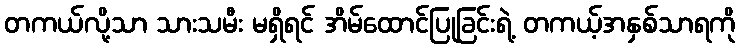
တကယ်လို့သာ သားသမီး မရှိရင် အိမ်ထောင်ပြုခြင်းရဲ့ တကယ့်အနှစ်သာရကို